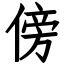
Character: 傍